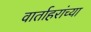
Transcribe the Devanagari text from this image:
वार्ताहरांच्या